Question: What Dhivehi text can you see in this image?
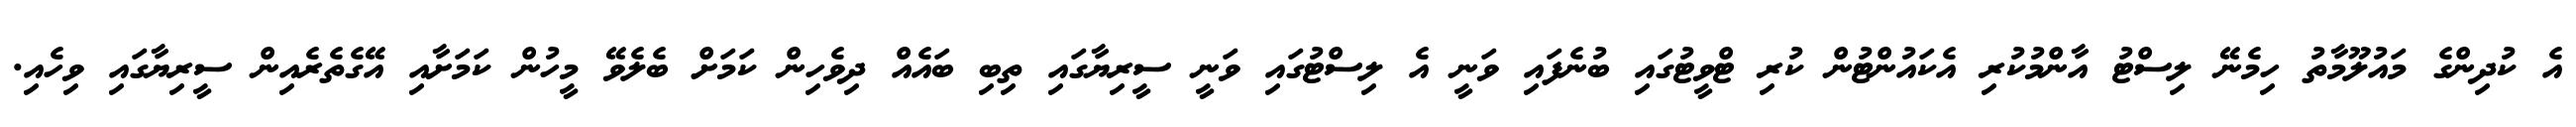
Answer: އެ ކުދިންގެ މައުލޫމާތު ހިމެނޭ ލިސްޓު އާންމުކުރި އެކައުންޓުން ކުރި ޓްވީޓުގައި ބުނެފައި ވަނީ އެ ލިސްޓުގައި ވަނީ ސީރިޔާގައި ތިބި ބައެއް ދިވެހިން ކަމަށް ބެލެވޭ މީހުން ކަމަށާއި އޭގެތެރެއިން ސީރިޔާގައި ވިހެއި.